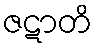
ဇဋာတိ